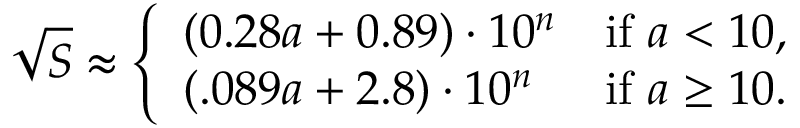
{ \sqrt { S } } \approx { \left\{ \begin{array} { l l } { ( 0 . 2 8 a + 0 . 8 9 ) \cdot 1 0 ^ { n } } & { { \mathrm { i f ~ } } a < 1 0 , } \\ { ( . 0 8 9 a + 2 . 8 ) \cdot 1 0 ^ { n } } & { { \mathrm { i f ~ } } a \geq 1 0 . } \end{array} \right. }